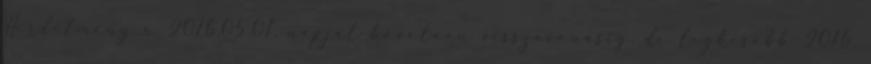
Hirdetmény a 2016.05.01. napját követően visszavonásig, de legkésőbb 2016.